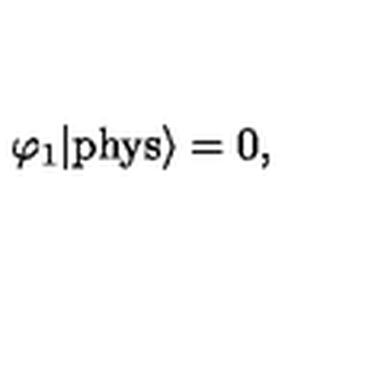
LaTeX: \varphi _ { 1 } | \mathrm { p h y s } \rangle = 0 ,